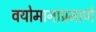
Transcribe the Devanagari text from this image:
वयोमानाप्रमाणे